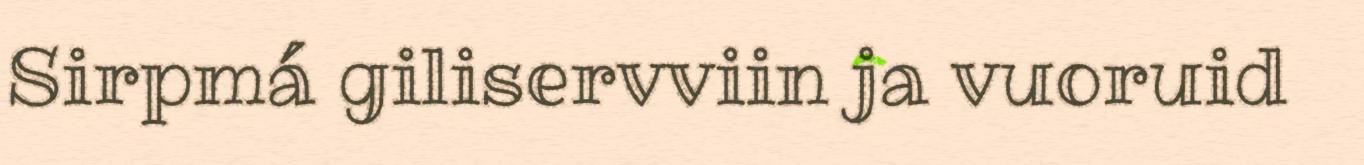
Sirpmá giliservviin ja vuoruid